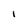
Character: 1